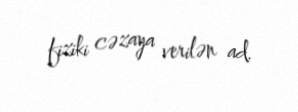
fiziki cəzaya verilən ad.